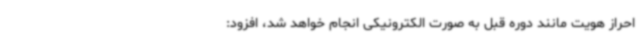
احراز هویت مانند دوره قبل به صورت الکترونیکی انجام خواهد شد، افزود: